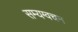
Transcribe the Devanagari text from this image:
सम्यग्वचन